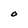
Character: O